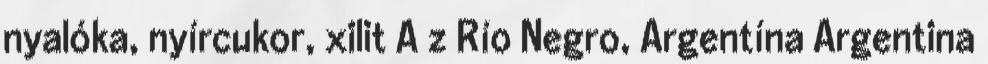
nyalóka, nyírcukor, xilit A z Río Negro, Argentína Argentina